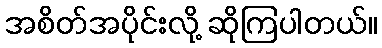
အစိတ်အပိုင်းလို့ ဆိုကြပါတယ်။